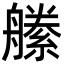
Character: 𦪝